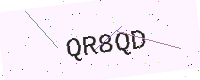
Text: QR8QD